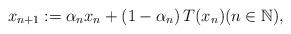
LaTeX: \begin{align*}x_{n+1} := \alpha_n x_n + \left( 1 - \alpha_n \right) T(x_n) (n\in \mathbb{N}),\end{align*}